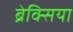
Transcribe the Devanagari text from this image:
ब्रेक्सिया